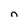
Character: n